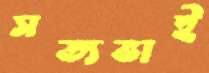
সত্যভাই